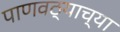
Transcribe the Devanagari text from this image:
पाणवठ्याच्या